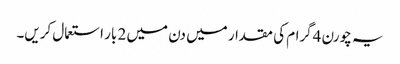
یہ چورن 4گرام کی مقدار میں دن میں 2 بار استعمال کریں۔